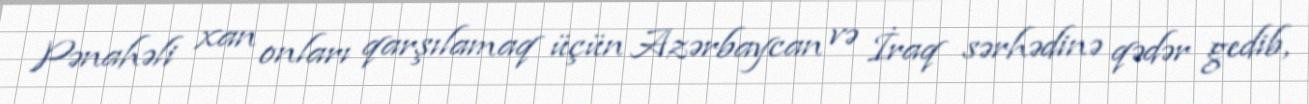
Pənahəli xan onları qarşılamaq üçün Azərbaycan və İraq sərhədinə qədər gedib,